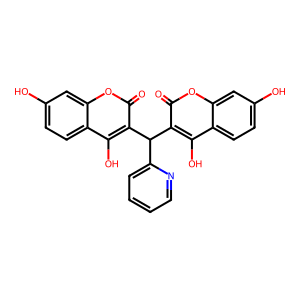
SMILES: O=c1oc2cc(O)ccc2c(O)c1C(c1ccccn1)c1c(O)c2ccc(O)cc2oc1=O
Inhibits HIV replication: No